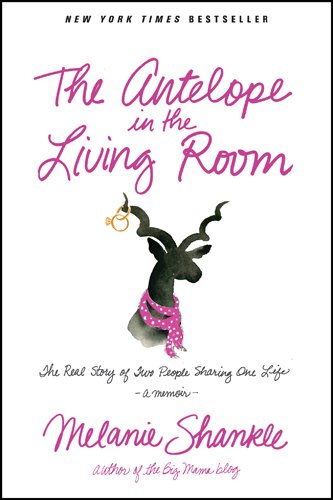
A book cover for The Antelope in the Living Room: The Real Story of Two People Sharing One Life; Melanie Shankle; Christian Books & Bibles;